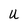
Character: U